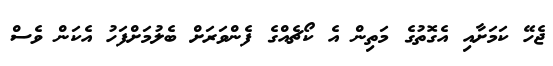
ޖެހޭ ކަމަށާއި އެގޮތުގެ މަތިން އެ ކޯޗެއްގެ ފެންވަރަށް ބެލުމަށްފަހު އެކަން ވެސް